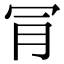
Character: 𣍟